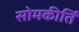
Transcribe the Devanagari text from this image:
सोमकीर्ति